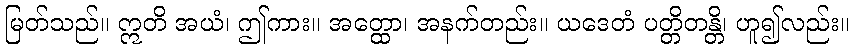
မြတ်သည်။ ဣတိ အယံ၊ ဤကား။ အတ္ထော၊ အနက်တည်း။ ယဒေတံ ပတ္တိတန္တိ၊ ဟူ၍လည်း။